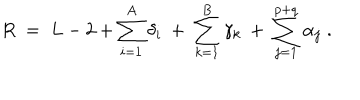
LaTeX: R \; = \; L - 2 + \sum _ { i = 1 } ^ { A } \delta _ { i } \: + \: \sum _ { k = 1 } ^ { B } \gamma _ { k } \: + \: \sum _ { j = 1 } ^ { p + q } \alpha _ { j } \; .